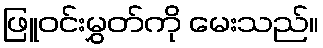
ဖြူဝင်းမွှတ်ကို မေးသည်။